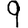
Digit: 9